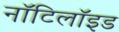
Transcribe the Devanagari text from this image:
नॉटिलॉइड